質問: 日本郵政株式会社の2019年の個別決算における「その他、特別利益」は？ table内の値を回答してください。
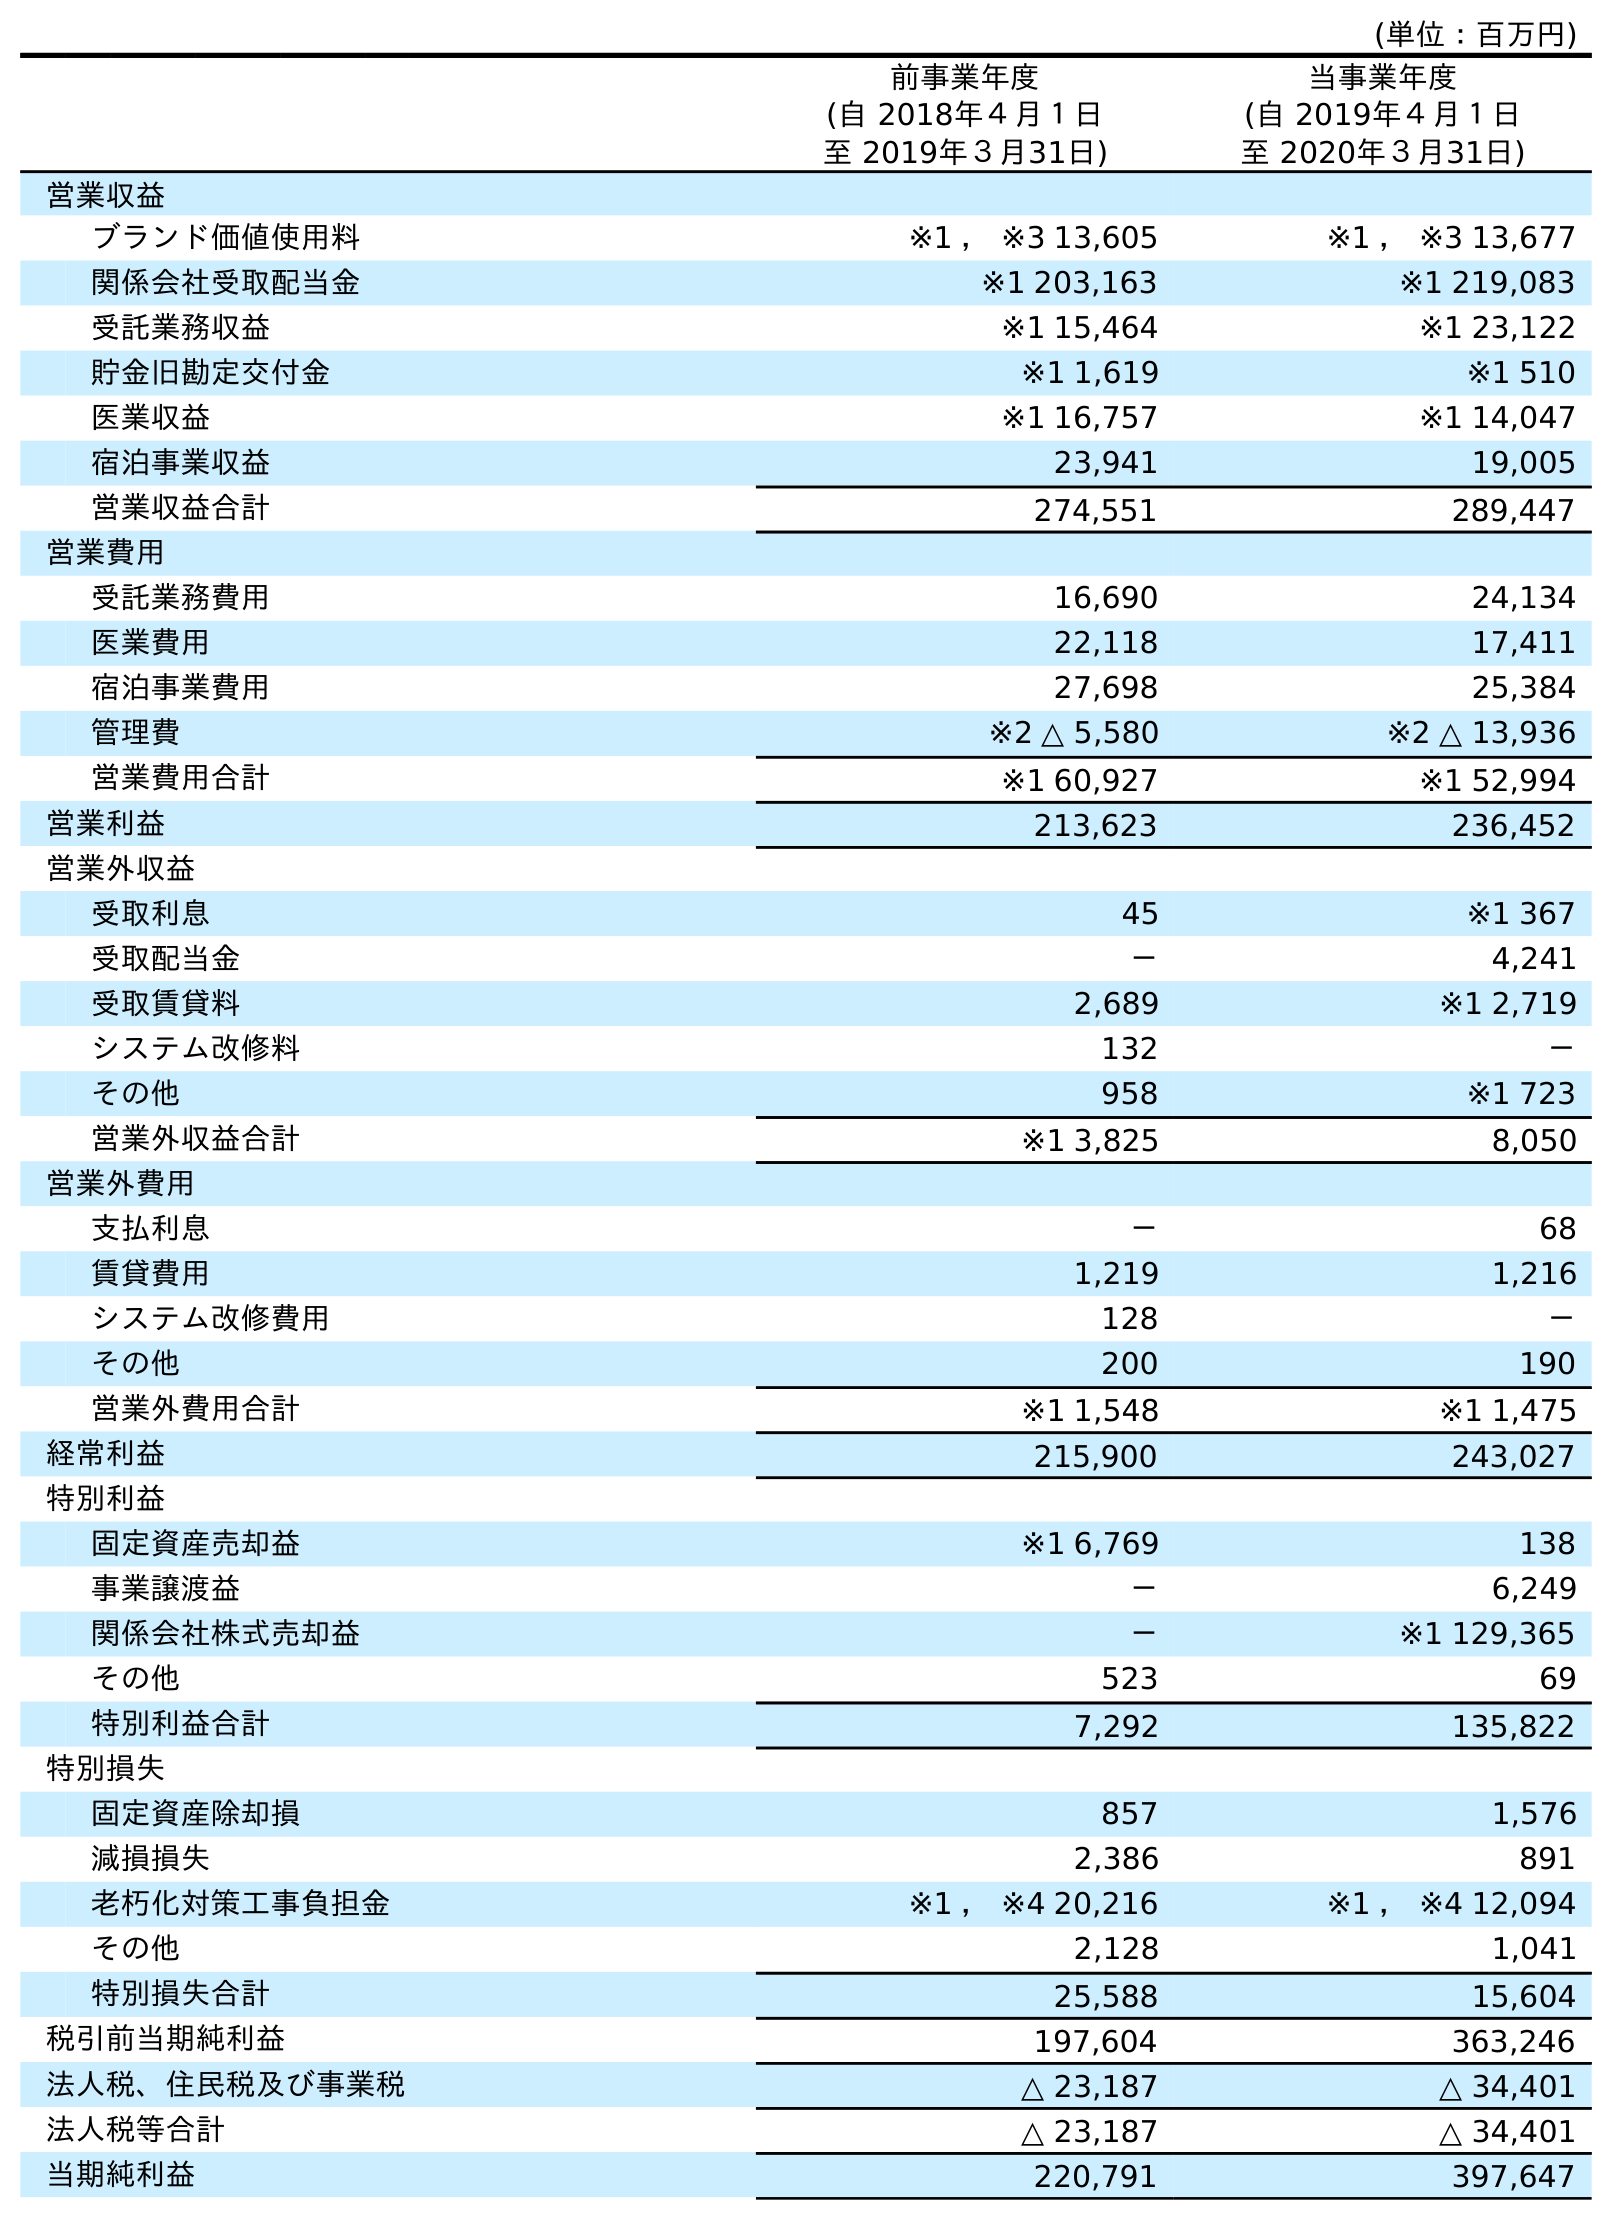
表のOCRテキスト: (単位：百万円) 前事業年度 (自 2018年４月１日 至 2019年３月31日) 当事業年度 (自 2019年４月１日 至 2020年３月31日) 営業収益 ブランド価値使用料 ※1 ， ※3 13,605 ※1 ， ※3 13,677 関係会社受取配当金 ※1 203,163 ※1 219,083 受託業務収益 ※1 15,464 ※1 23,122 貯金旧勘定交付金 ※1 1,619 ※1 510 医業収益 ※1 16,757 ※1 14,047 宿泊事業収益 23,941 19,005 営業収益合計 274,551 289,447 営業費用 受託業務費用 16,690 24,134 医業費用 22,118 17,411 宿泊事業費用 27,698 25,384 管理費 ※2 △ 5,580 ※2 △ 13,936 営業費用合計 ※1 60,927 ※1 52,994 営業利益 213,623 236,452 営業外収益 受取利息 45 ※1 367 受取配当金 － 4,241 受取賃貸料 2,689 ※1 2,719 システム改修料 132 － その他 958 ※1 723 営業外収益合計 ※1 3,825 8,050 営業外費用 支払利息 － 68 賃貸費用 1,219 1,216 システム改修費用 128 － その他 200 190 営業外費用合計 ※1 1,548 ※1 1,475 経常利益 215,900 243,027 特別利益 固定資産売却益 ※1 6,769 138 事業譲渡益 － 6,249 関係会社株式売却益 － ※1 129,365 その他 523 69 特別利益合計 7,292 135,822 特別損失 固定資産除却損 857 1,576 減損損失 2,386 891 老朽化対策工事負担金 ※1 ， ※4 20,216 ※1 ， ※4 12,094 その他 2,128 1,041 特別損失合計 25,588 15,604 税引前当期純利益 197,604 363,246 法人税、住民税及び事業税 △ 23,187 △ 34,401 法人税等合計 △ 23,187 △ 34,401 当期純利益 220,791 397,647
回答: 523